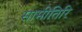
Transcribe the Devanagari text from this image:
सामीतिरि